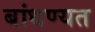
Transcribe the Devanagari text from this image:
बांधण्यत